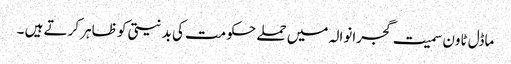
ماڈل ٹاون سمیت گجرانوالہ میں حملے حکومت کی بد نیتی کو ظاہر کرتے ہیں ۔